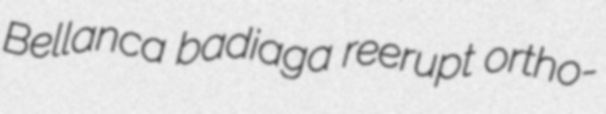
Bellanca badiaga reerupt ortho-